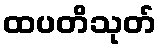
ထပတိသုတ်